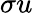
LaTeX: \sigma u